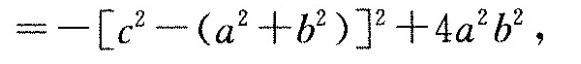
= - [ c ^ { 2 } - (a ^ { 2 } + b ^ { 2 } ) ] ^ { 2 } + 4 a ^ { 2 } b ^ { 2 }$$，